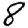
Digit: 8